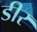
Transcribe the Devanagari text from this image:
डीर